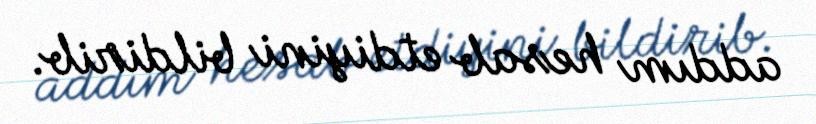
addım hesab etdiyini bildirib.